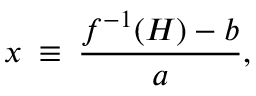
x \: \equiv \: \frac { f ^ { - 1 } ( H ) - b } { a } ,